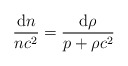
\begin{align*}\frac{\mathrm{d}n}{nc^{2}}=\frac{\mathrm{d}\rho}{p+\rho c^{2}}\end{align*}